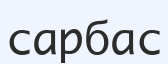
сарбас